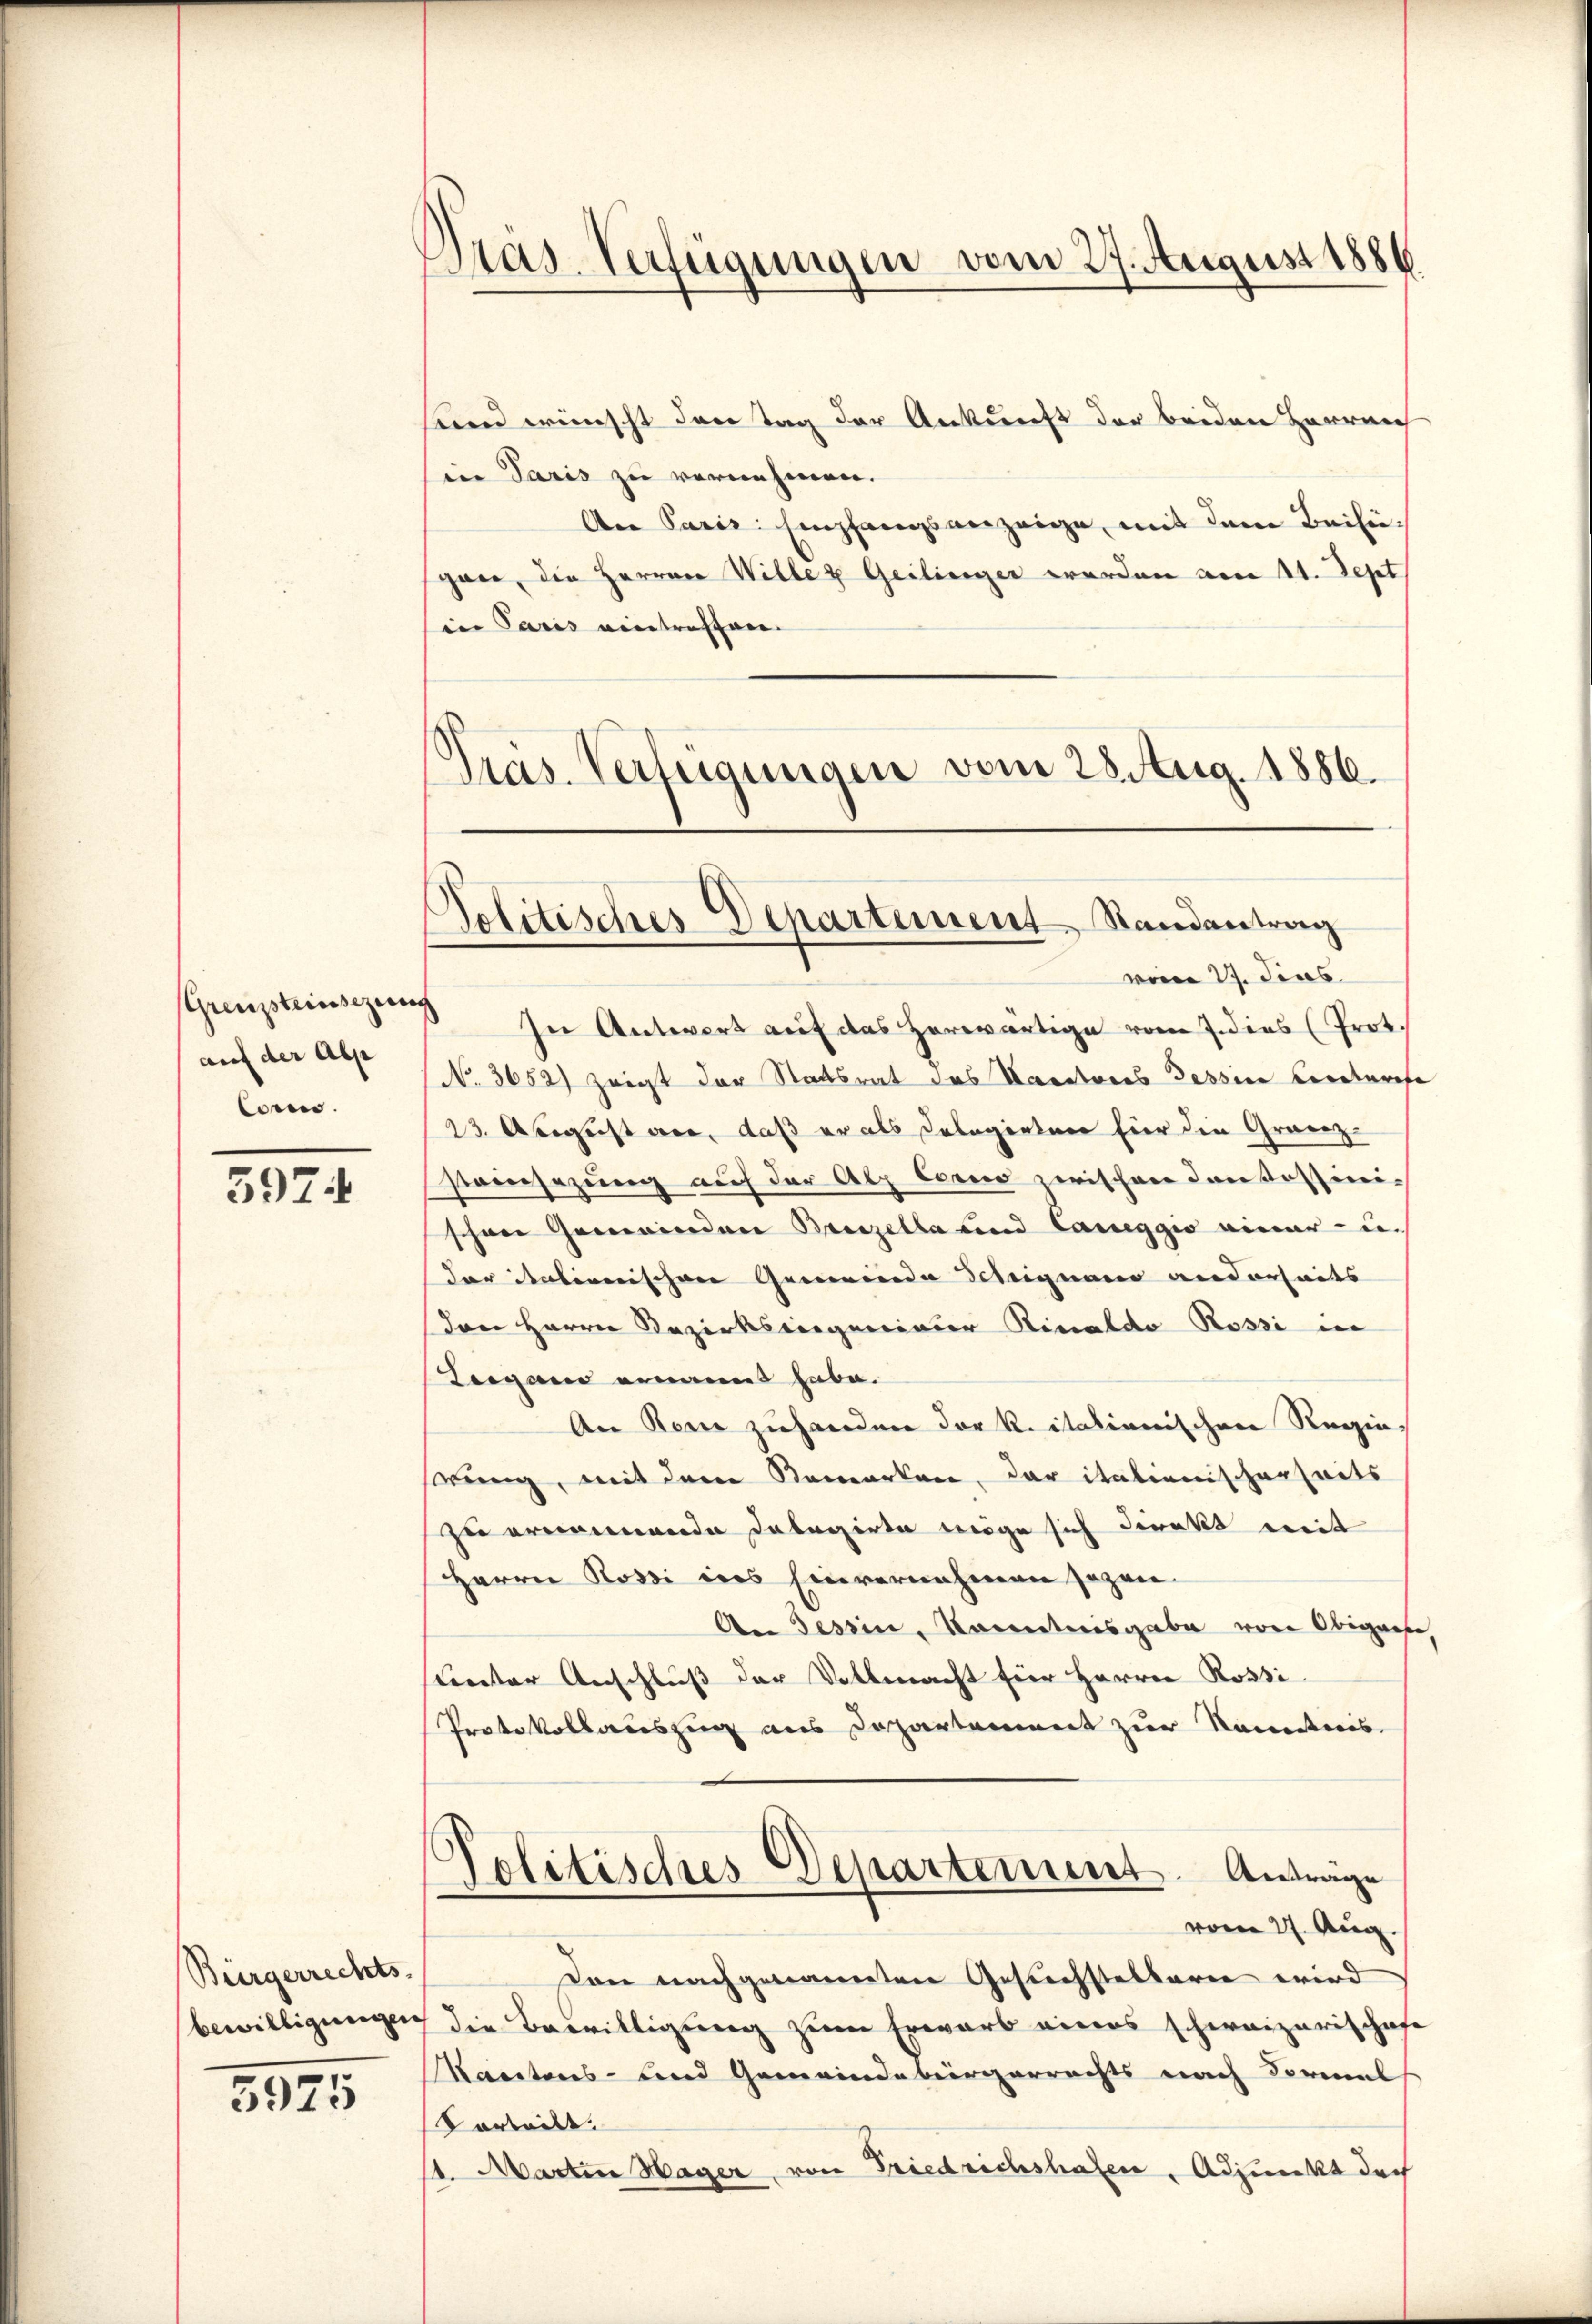
(Grenzsteinsezun
auf der Alp
Conn.

597

Bürgerrechts-
bewilligungen

5925

Pras-Verfügungen vom 27. August 1886.

send wünscht den Tag der Ankunft der beiden Herrner
in Paris zu vernehmen.
Aer Paris: Empfangsanzeige, mit dem Beifügan, die Herren Willer Geilinger werden am 11. Sept
in Paris eintreffen.
Präs. Verfügungen vom 28 Aug. 1886.

d
Politisches Departement Randantrag

vom 27. dies
In Antwort auf das Horwärtige vom 7. dies (Prot.
(No. 3652) zeigt der Staatsrat des Saratores dessen Centarife
23. Abegeist vor, daß er als Delegirten für die Granz-
Veiersezung auf der Alp Como zwischen Contossinischon Gemeinden Brinzella und Careggio einer u.
der italienischen Gemeinde Schaignano wiederheits
den Herrn Bezirksgerinter Rinaldo Rossi in
Leigano ernannt habe.
An Reue zuhanden der Ritationischen Regin,
ung, mit dem Bemerken, der italienischerheits
zu ernennende Delegirte möge sich direkt mit
Herrn Rossi ins Einvernehmen sogen.
An Tessin, Kenntnisgabe von Obiger
cereter Anschluß der Vollmacht für Herrn Rossi
Protokollauszug aus Departement zur Kenntnis
Politisches Departement. Anträge
vom 27. Aug.
Den nachgenannten Gesuchstellarie wird
die Bewilligung zum Erwarb eines schweizerischafe
Kantons- und Gemeindebürgerrechts nach Vormal
Vorteilt.
s. Martin Hager von Friedrichshafen, Adjunkt doch